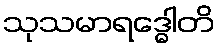
သုသမာရဒ္ဓေါတိ